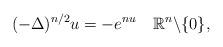
LaTeX: \begin{align*}(-\Delta)^{n/2}u=-e^{nu}\quad\mathbb{R}^{n}\backslash \{0\},\end{align*}